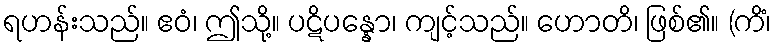
ရဟန်းသည်။ ဧဝံ၊ ဤသို့။ ပဋိပန္နော၊ ကျင့်သည်။ ဟောတိ၊ ဖြစ်၏။ (ကိံ၊